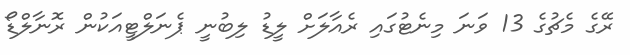
ރޭގެ މެޗުގެ 13 ވަނަ މިނެޓުގައި ރެއާލަށް ލީޑު ލިބުނީ ޕެނަލްޓީއަކުން ރޮނާލްޑޯ